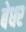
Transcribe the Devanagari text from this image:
बेधर